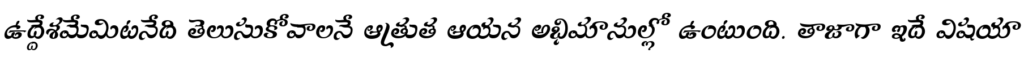
ఉద్దేశమేమిటనేది తెలుసుకోవాలనే ఆత్రుత ఆయన అభిమానుల్లో ఉంటుంది. తాజాగా ఇదే విషయా